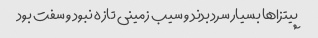
پیتزا‌ها بسیار سرد بدند و سیب زمینی تازه نبود و سفت بود